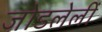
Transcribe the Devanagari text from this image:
जोडलेलीं